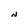
Character: N